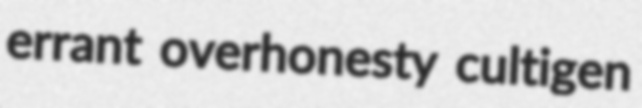
errant overhonesty cultigen